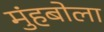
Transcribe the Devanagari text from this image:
मुंहबोला